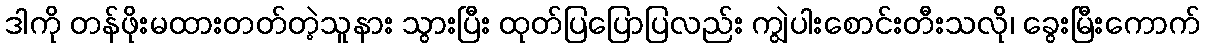
ဒါကို တန်ဖိုးမထားတတ်တဲ့သူနား သွားပြီး ထုတ်ပြပြောပြလည်း ကျွဲပါးစောင်းတီးသလို၊ ခွေးမြီးကောက်